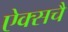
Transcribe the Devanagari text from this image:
ऐक्सचै